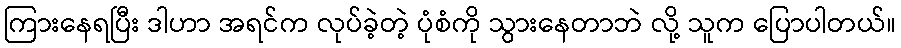
ကြားနေရပြီး ဒါဟာ အရင်က လုပ်ခဲ့တဲ့ ပုံစံကို သွားနေတာဘဲ လို့ သူက ပြောပါတယ်။